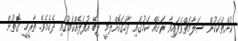
ކުށްތަކަކުން ސަލާމަތްވެފައިވާ ރަށެއް ކަމުގައި ފާހަގަކޮށްލުމީ ލިބޭ އުފަލެއްކަމުގައި ދެެކެމެވެ. ތާރީޚީ ގޮތުން